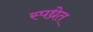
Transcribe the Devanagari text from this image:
स्पध्रेत